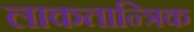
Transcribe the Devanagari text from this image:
लाकतान्त्रिक